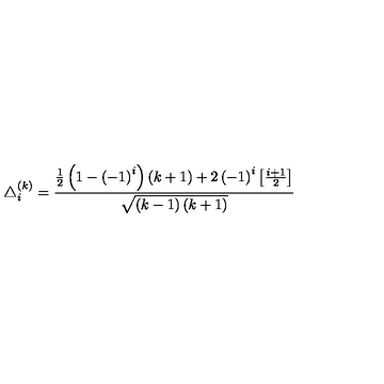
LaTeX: \triangle _ { i } ^ { \left( k \right) } = \frac { \frac 1 2 \left( 1 - \left( - 1 \right) ^ { i } \right) \left( k + 1 \right) + 2 \left( - 1 \right) ^ { i } \left[ \frac { i + 1 } 2 \right] } { \sqrt { \left( k - 1 \right) \left( k + 1 \right) } }